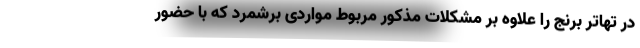
در تهاتر برنج را علاوه بر مشکلات مذکور مربوط مواردی برشمرد که با حضور